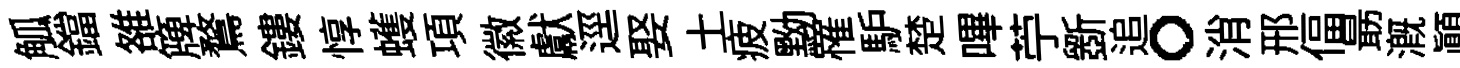
觚鐺雒簰鶩鏤惇蠖項徽獻逕娶土疲黝罹馿楚嗶苧斵追。消邢偪朂溉顚